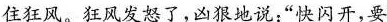
住狂风。狂风发怒了，凶狠地说：”快闪开，要